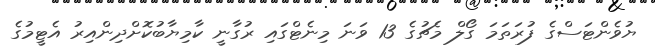
ޔުވެންޓަސްގެ ފުރަތަމަ ގޯލް މެޗުގެ 13 ވަނަ މިނެޓްގައި ރުގާނީ ކާމިޔާބުކޮށްދިންއިރު އެޓީމުގެ